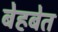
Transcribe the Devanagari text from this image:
बेहबेत